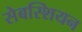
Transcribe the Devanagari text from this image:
सेबस्शियन